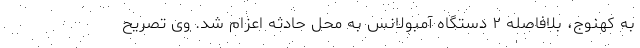
به کهنوج، بلافاصله ۲ دستگاه آمبولانس به محل حادثه اعزام شد. وی تصریح